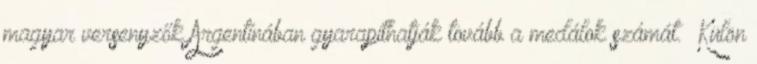
magyar versenyzők Argentínában gyarapíthatják tovább a medálok számát. “Külön